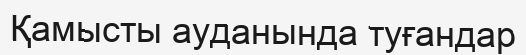
Қамысты ауданында туғандар